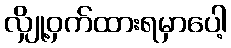
လျှို့ဝှက်ထားရမှာပေါ့